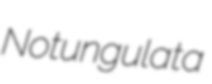
Notungulata